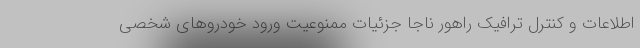
اطلاعات و کنترل ترافیک راهور ناجا جزئیات ممنوعیت ورود خودرو‌های شخصی